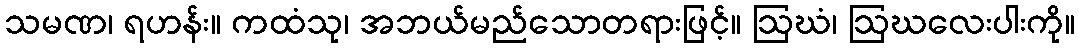
သမဏ၊ ရဟန်း။ ကထံသု၊ အဘယ်မည်သောတရားဖြင့်။ ဩဃံ၊ ဩဃလေးပါးကို။